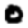
Digit: 0